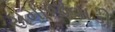
સમાજવાડી